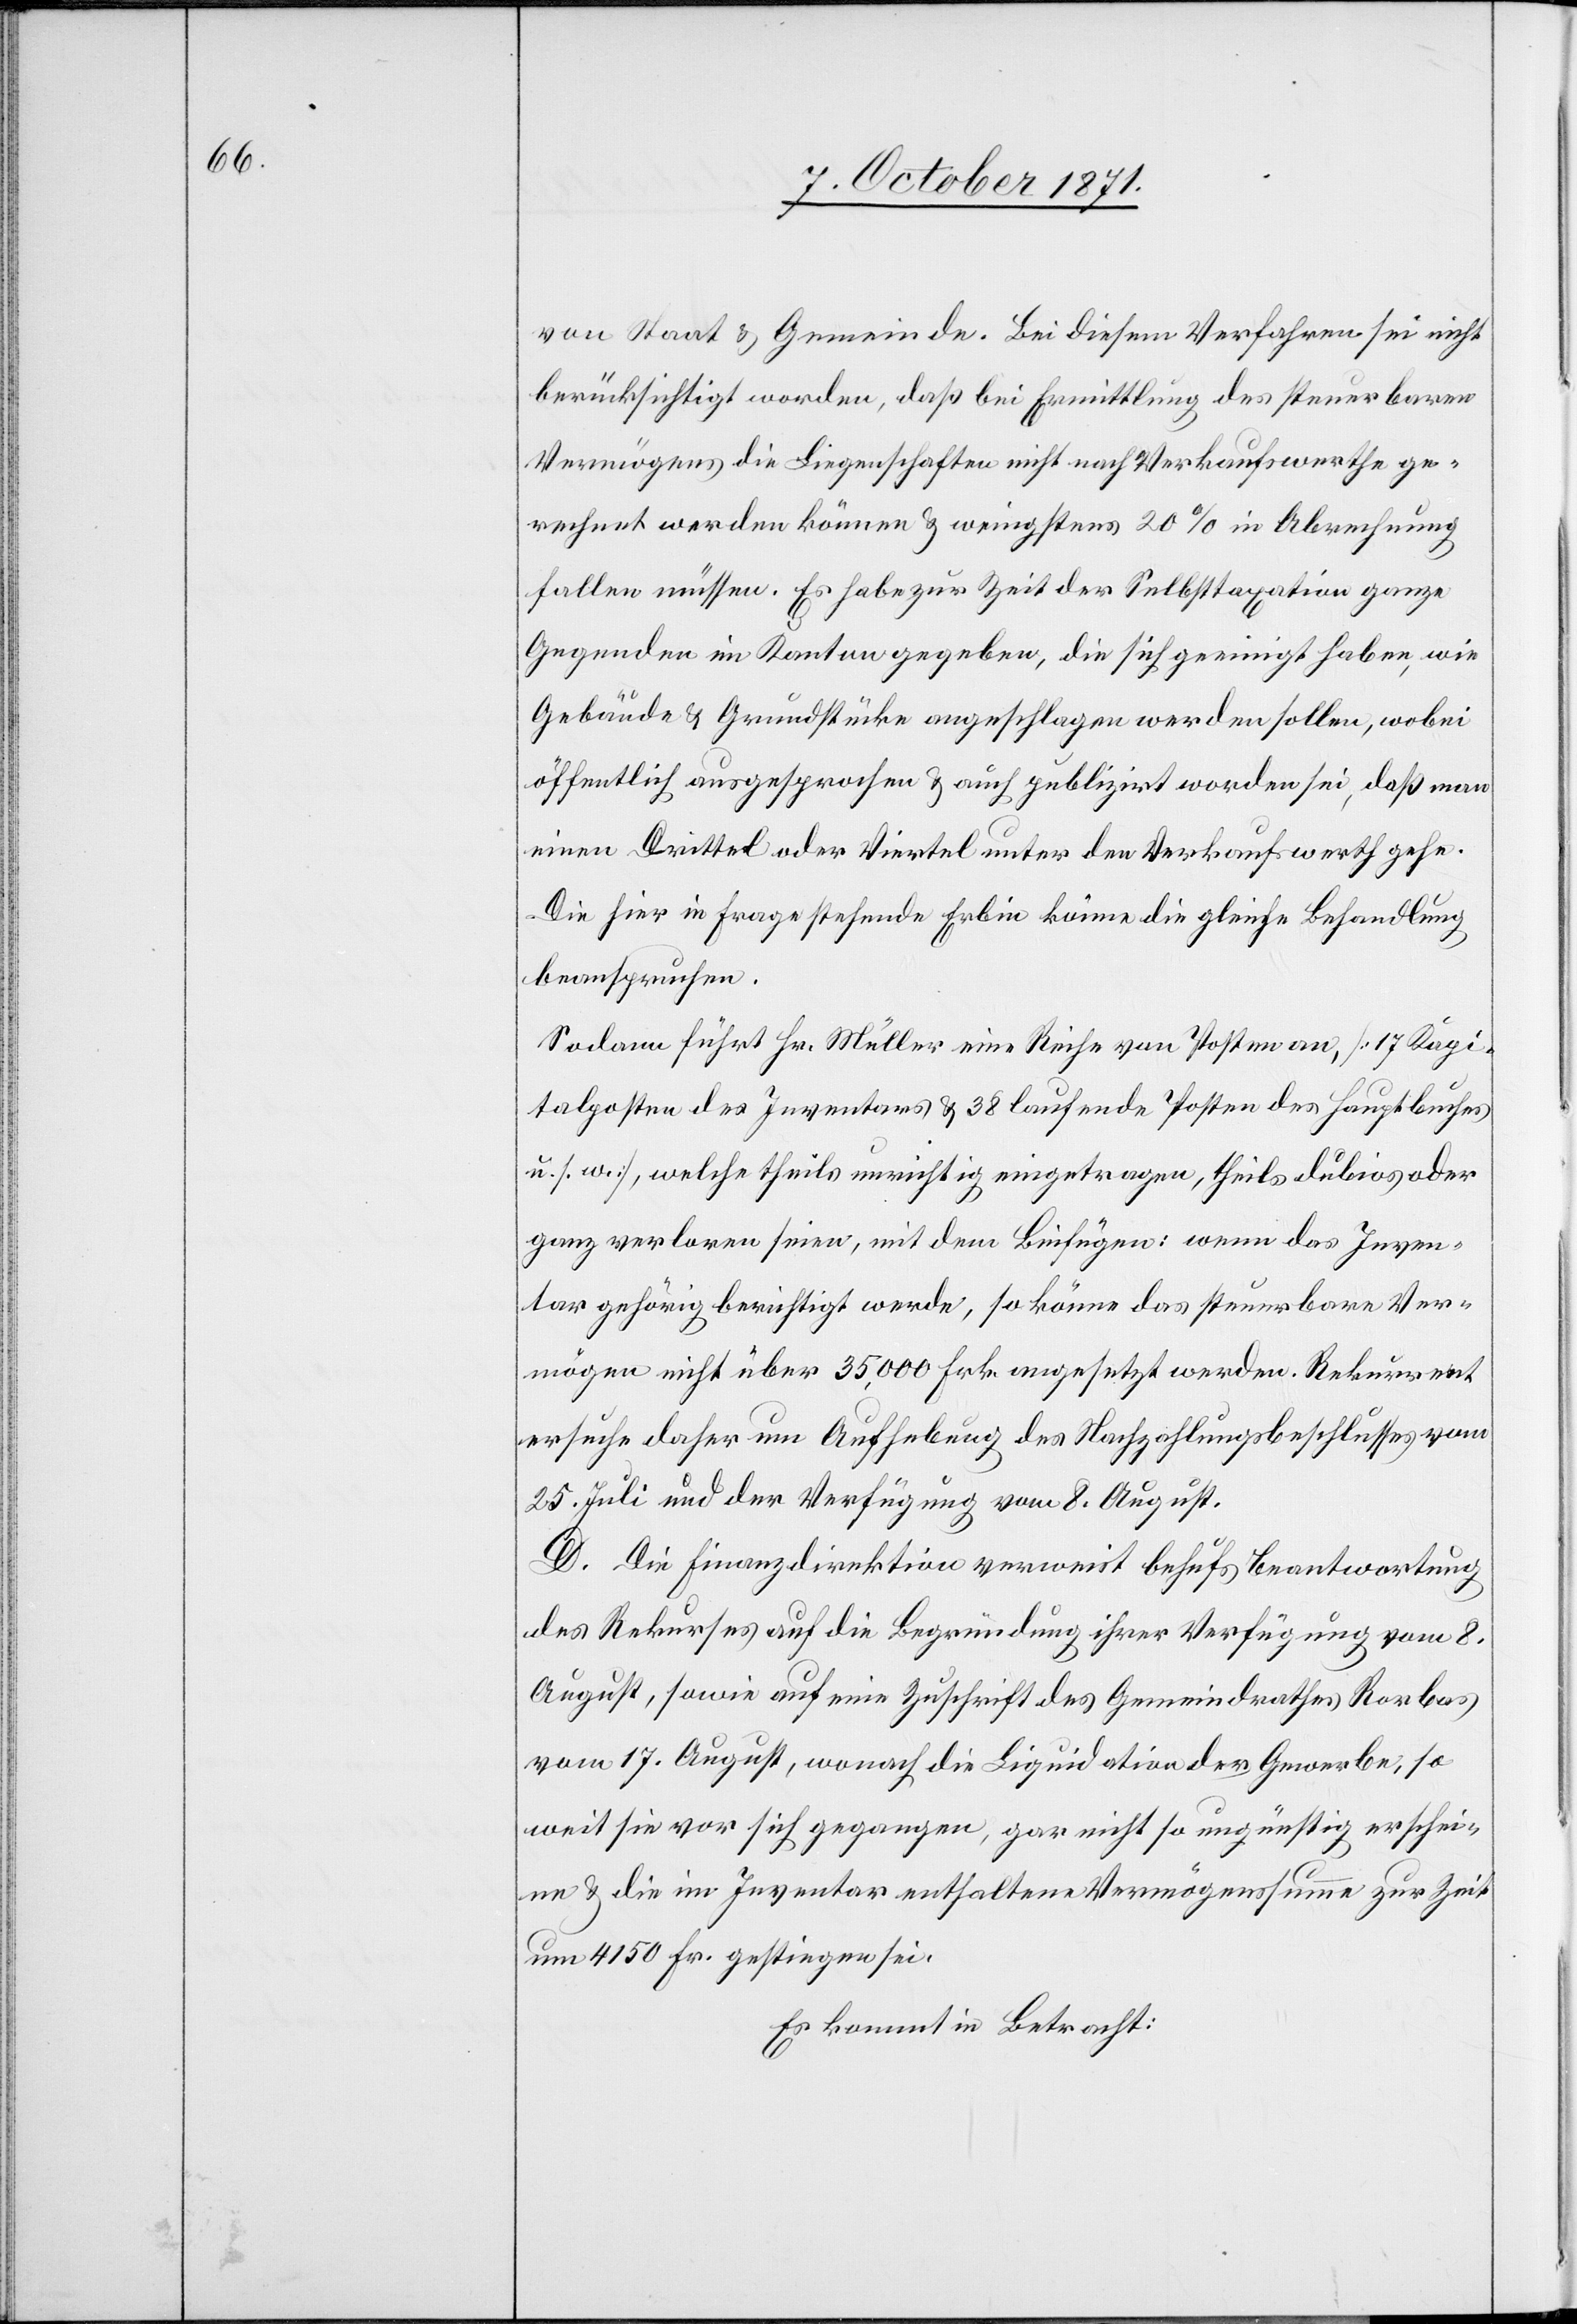
von Staat & Gemeinde. Bei diesem Verfahren sei nicht
berücksichtigt worden, daß bei Ermittlung des Steuerbaren
Vermögens die Liegenschaften sei nicht nach Verkaufswerthe ge¬
rechnet werden können & wenigstens 20% in Abrechnung
fallen müssen. Es habe zur Zeit der Selbsttaxation ganze
Gegenden im Kanton gegeben, die sich geeinigt haben, wie
Gebäude & Grundstücke angeschlagen werden sollen, wobei
öffentlich ausgesprochen & auch publizirt worden sei, daß man
einen Drittel oder Viertel unter den Verkaufswerth gehe.
Die hier in Frage stehende Erbin könne die gleiche Behandlung
beanspruchen.
Sodann führt Hr. Müller eine Reihe von Posten an, [17 Kapi¬
talposten des Inventars & 38 laufende Posten des Hauptbuches
u. s. w.] welche theils unrichtig eingetragen, theils dubios oder
ganz verloren seien, mit dem Beifügen, wenn das Inven¬
tar gehörig berichtigt werde, so könne das steuerbare Ver¬
mögen nicht über 35,000 Fr. angesetzt werden. Rekurrent
ersuche daher um Auffhebung des Nachzahlungsbeschlusses vom
25. Juli und der Verfügung vom 8. August.
D. Die Finanzdirektion verweist behufs Beantwortung
des Rekurses auf die Begründung ihrer Verfügung vom 8.
August, sowie auf eine Zuschrift des Gemeindrathes Rorbas
vom 17. August, wonach die Liquidation der Gewerbe, so
weit sie vor sich gegangen, gar nicht so ungünstig erschei¬
ne & die im Inventar enthaltene Vermögenssumme zur Zeit
um 415 Fr. gestiegen sei.
Es kommt in Betracht: